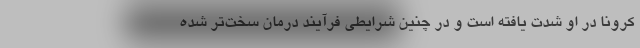
کرونا در او شدت یافته است و در چنین شرایطی فرآیند درمان سخت‌تر شده